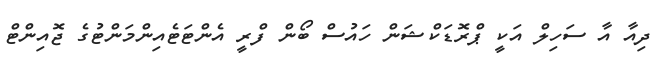
ދިއާ އާ ސަހިލް އަކީ ޕްރޮޑަކްޝަން ހައުސް ބޯން ފްރީ އެންޓަޓެއިންމަންޓުގެ ޖޮއިންޓް